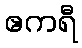
ဧကရီ